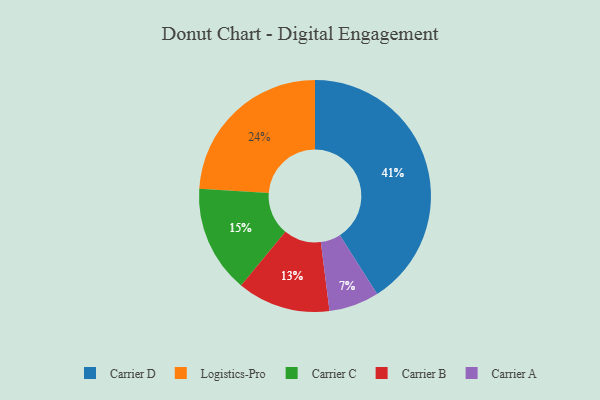
{"axis": {"x": "Category", "y": "Percentage"}, "legend": ["Carrier A", "Carrier B", "Carrier C", "Carrier D", "Logistics-Pro"], "data": [{"x": "Carrier D", "y": 41, "type": "Carrier D"}, {"x": "Carrier A", "y": 7, "type": "Carrier A"}, {"x": "Logistics-Pro", "y": 24, "type": "Logistics-Pro"}, {"x": "Carrier C", "y": 15, "type": "Carrier C"}, {"x": "Carrier B", "y": 13, "type": "Carrier B"}]}